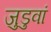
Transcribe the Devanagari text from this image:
जुडुवां